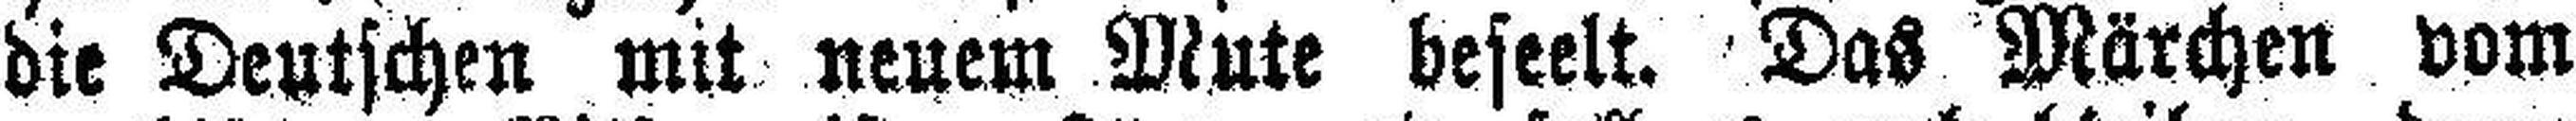
die Deutschen mit neuem Mute beseelt. Das Märchen vom